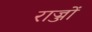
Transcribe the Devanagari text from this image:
राज्जों